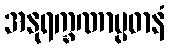
အနုရက္ခဏာပ္ပဓာနံ